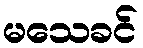
မသေခင်